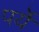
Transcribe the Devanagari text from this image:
पर्ये